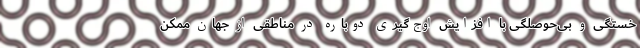
خستگی و بی‌حوصلگی با افزایش اوج‌گیری دوباره در مناطقی از جهان ممکن